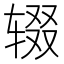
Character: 辍